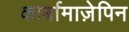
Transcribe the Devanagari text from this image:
कार्बामाज़ेपिन